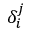
\delta _ { i } ^ { j }